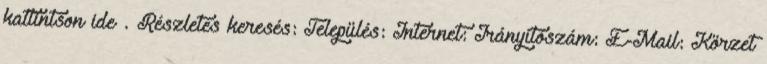
kattintson ide». Részletes keresés: Település: Internet: Irányítószám: E-Mail: Körzet